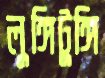
লুঙ্গিটুঙ্গি